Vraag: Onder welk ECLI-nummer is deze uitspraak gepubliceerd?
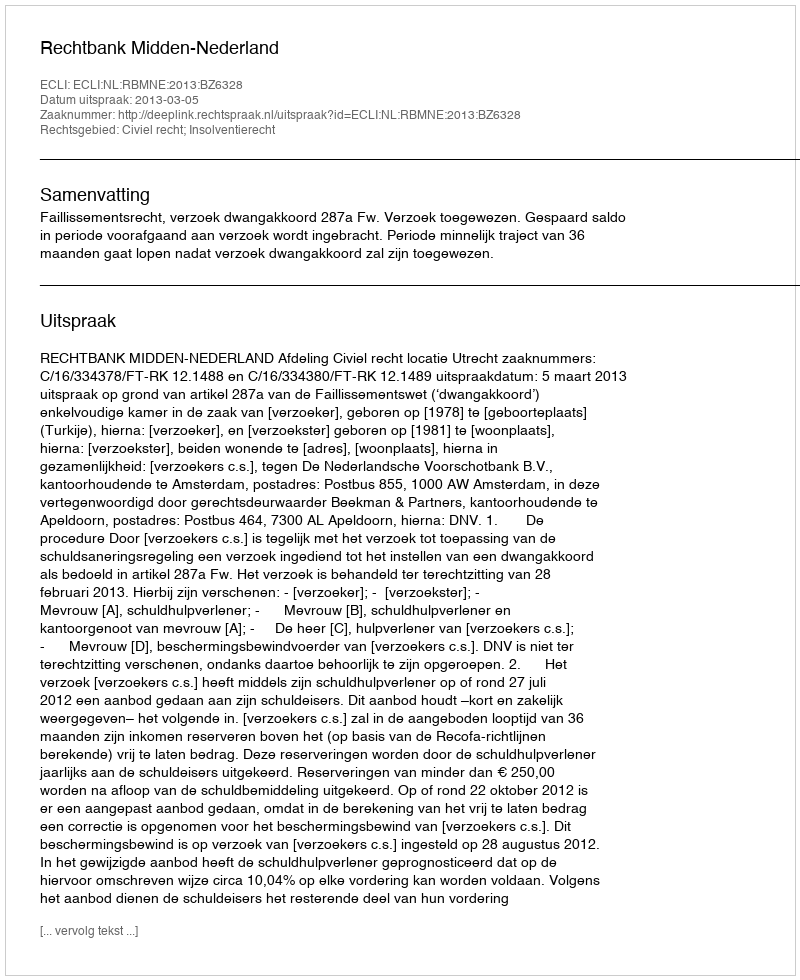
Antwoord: ECLI:NL:RBMNE:2013:BZ6328